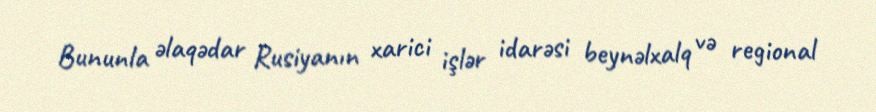
Bununla əlaqədar Rusiyanın xarici işlər idarəsi beynəlxalq və regional